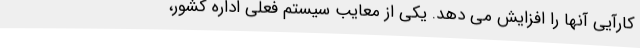
کارآیی آنها را افزایش می دهد. یکی از معایب سیستم فعلی اداره کشور،